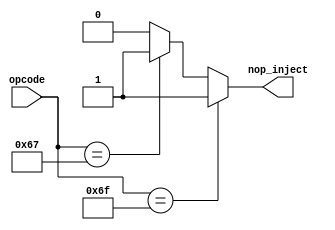
// Coder:           David Adrian Michel Torres, Eduardo Ethandrake Castillo Pulido
// Module name:	  jump_detection_unit
// Project Name:	  risc_v_top
// Description:	  This is the jump detection unit located in decode stage

module jump_detection_unit(
    input [6:0] opcode,
    output nop_inject
);

//check if opcode relates to a jump and link or a jump and link reg
//if true, set nop inject
localparam JAL_INS = 7'b1101111;
localparam JALR_INS = 7'b1100111;

assign nop_inject = (opcode == JAL_INS) ? 1'b1 : (opcode == JALR_INS) ? 1'b1 : 1'b0;

endmodule